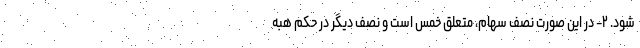
شود. ۲- در این صورت نصف سهام، متعلَق خمس است و نصف دیگر در حکم هبه